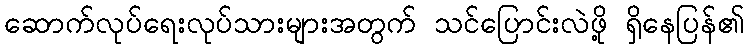
ဆောက်လုပ်ရေးလုပ်သားများအတွက် သင်ပြောင်းလဲဖို့ ရှိနေပြန်၏